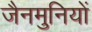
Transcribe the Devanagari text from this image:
जैनमुनियों